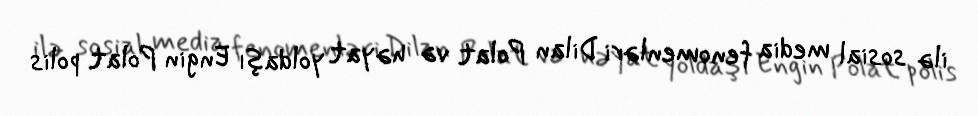
ilə sosial media fenomenləri Dilan Polat və həyat yoldaşı Engin Polat polis